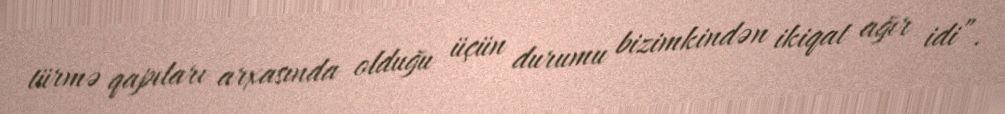
türmə qapıları arxasında olduğu üçün durumu bizimkindən ikiqat ağır idi”.